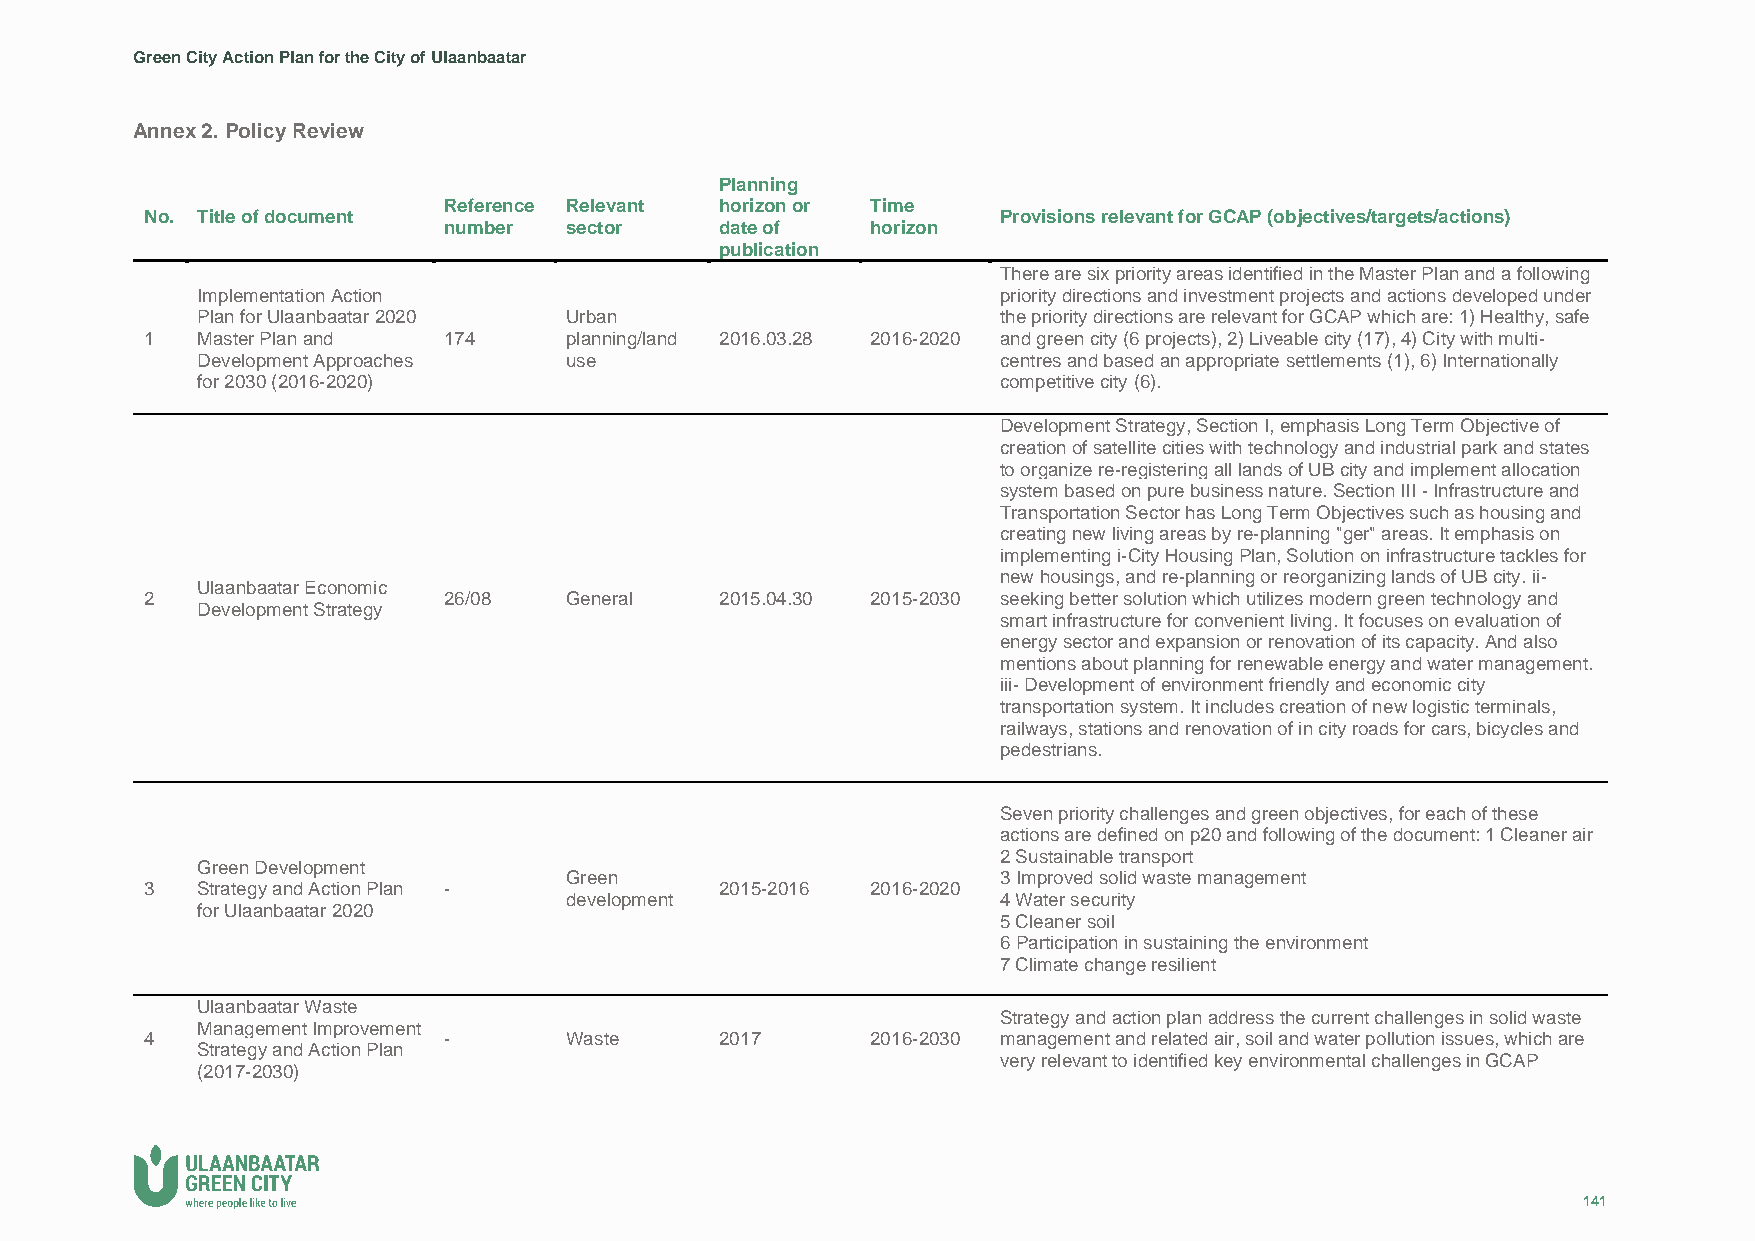
Green City Action Plan for the City of Ulaanbaatar
 Annex 2. Policy Review
 Planning
 Reference Relevant horizon or Time
 No. Title of document                                   Provisions relevant for GCAP (objectives/targets/actions)
 number  sector     date of   horizon
 publication
 There are six priority areas identified in the Master Plan and a following
 Implementation Action                                priority directions and investment projects and actions developed under
 Plan for Ulaanbaatar 2020 Urban                      the priority directions are relevant for GCAP which are: 1) Healthy, safe
 1  Master Plan and 174     planning/land 2016.03.28 2016-2020 and green city (6 projects), 2) Liveable city (17), 4) City with multi-
 Development Approaches  use                          centres and based an appropriate settlements (1), 6) Internationally
 for 2030 (2016-2020)                                 competitive city (6).
 Development Strategy, Section I, emphasis Long Term Objective of
 creation of satellite cities with technology and industrial park and states
 to organize re-registering all lands of UB city and implement allocation
 system based on pure business nature. Section III - Infrastructure and
 Transportation Sector has Long Term Objectives such as housing and
 creating new living areas by re-planning "ger" areas. It emphasis on
 implementing i-City Housing Plan, Solution on infrastructure tackles for
 new housings, and re-planning or reorganizing lands of UB city. ii-
 Ulaanbaatar Economic
 2                  26/08   General    2015.04.30 2015-2030 seeking better solution which utilizes modern green technology and
 Development Strategy
 smart infrastructure for convenient living. It focuses on evaluation of
 energy sector and expansion or renovation of its capacity. And also
 mentions about planning for renewable energy and water management.
 iii- Development of environment friendly and economic city
 transportation system. It includes creation of new logistic terminals,
 railways, stations and renovation of in city roads for cars, bicycles and
 pedestrians.
 Seven priority challenges and green objectives, for each of these
 actions are defined on p20 and following of the document: 1 Cleaner air
 2 Sustainable transport
 Green Development
 Green                        3 Improved solid waste management
 3  Strategy and Action Plan -         2015-2016 2016-2020
 development                  4 Water security
 for Ulaanbaatar 2020
 5 Cleaner soil
 6 Participation in sustaining the environment
 7 Climate change resilient
 Ulaanbaatar Waste
 Strategy and action plan address the current challenges in solid waste
 Management Improvement
 4                  -       Waste      2017      2016-2030 management and related air, soil and water pollution issues, which are
 Strategy and Action Plan
 very relevant to identified key environmental challenges in GCAP
 (2017-2030)
 141